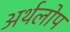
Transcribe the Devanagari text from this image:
अर्थलोप